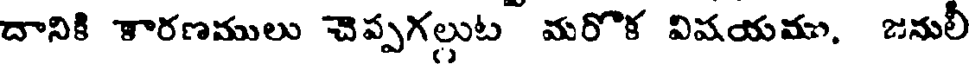
దానికి కారణములు చెప్పగలుట మరొక విషయము, జనులీ